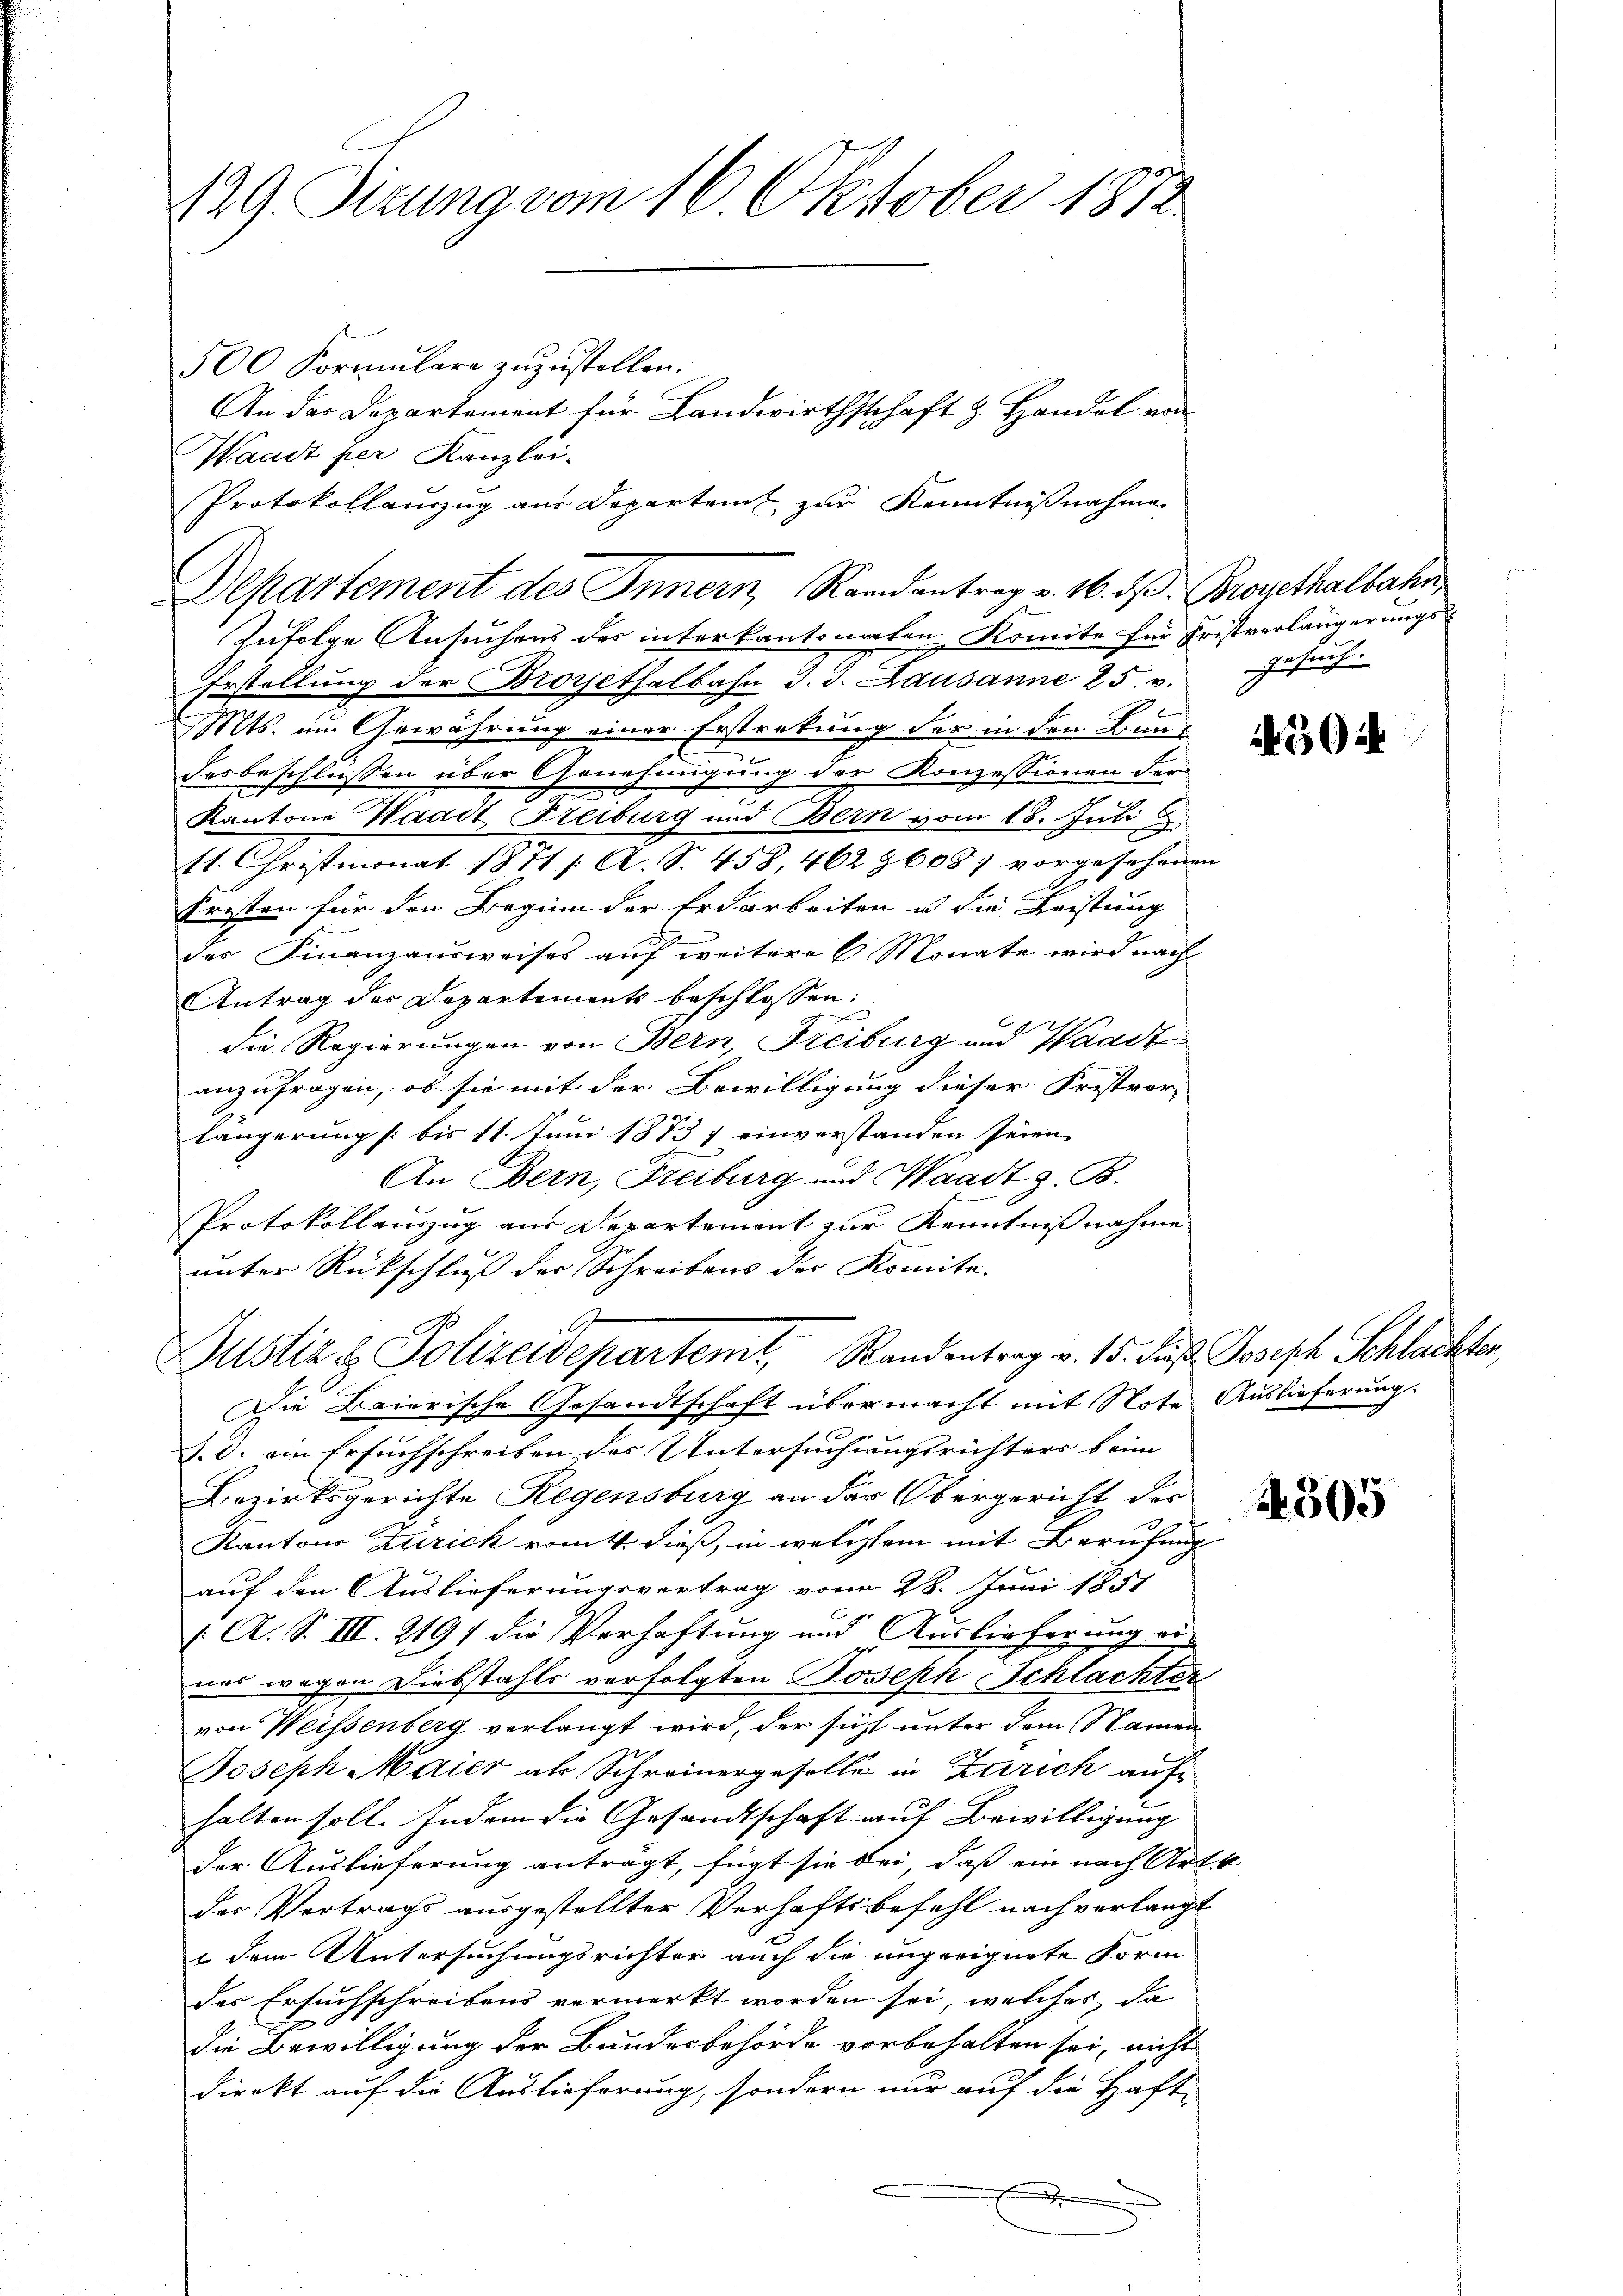
129 Sizung vom 16. Oktober 1812

500 Formulare zuzustellen.
An das Departement für Landwirthschaft z. Handel von
Waadt her Kanzlei-
Protokollauszug aus Departamt zur Kenntnißnahme
Departement des Innern, Randantrag v. 16. d. Brosethalbahn
Zufolge Ansuchens des interkantonalen Komite für Fristverlängerungs¬
Erstellŭng der Broysethalbahn J. J. Lausanne 25. v. Gesŭch
Mts. im Gewährung einer Erstratung der in den Bun-
desbeschlüssen über Genehmigung der Konzessionen der
e
Kantone Waadt Freiburg und Bern vom 18. Juli
11. Christmonat 1811 /: A. S. 458, 4629608; vorgesehenen
Fristen für den Beginn der Erdarbeiten u die Leistung
des Finanzausweises auf weitere 6 Monate wird nach
Antrag des Departements beschlossen:
die Regierungen von Bern, Freiburg und Waadt
anzufragen, ob sie mit der Bewilligung dieser Fristvor-
längerung /: bis 11. Juni 1873 7 einverstanden seien.
An Bern, Freiburg und Waadt z. B.
Protokollauszug aus Departement zur Kenntnißnahme
unter Rückschluß der Schreibens der Komite.
e
C.
Justiz & Polizeidepartemt, Randentrag v. 15. Fuß Joseph Schlachter,
Die Baierische Gesandtschaft übermacht mit Note Auslieferung.
d. d. ein Ersuchschreiben der Untersuchungsrichters beim
Bezirksgerichte Regensburg an der Obergericht des
Kantons Zürich von dieß, in welchem mit Berufung
auf den Auslieferungsvertrag vom 28. Juni 1851
( A. S. III. 2191 die Verhaftung und Auslieferung ei
nes wegen Diebstahls verfolgten Joseph Schlachter
von Weissenberg verlangt wird, der sicht unter dem Namen
Joseph Maier als Schreinergeselle in Zürich auf
halten soll. Indem die Gesandtschaft auf Bewilligung
der Auslieferung anträgt, fügt sie bei, dass ein nach Art. 4
des Vertrags ausgestellter Verhaftsbefehl nach verlangt
t dem Untersuchungsrichter auch die ungeeignete Form
des Ersuchschreibens vermerkt worden sei, welches da
die Bewilligung der Bundesbehörde vorbehalten sei, nicht
direkt auf die Auslieferung, sondern nur auf die Haft-

504

4305